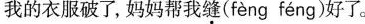
我的衣服破了，妈妈帮我缝( féng fèng )好了。